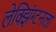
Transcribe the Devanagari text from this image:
लेक्झिंग्टनला